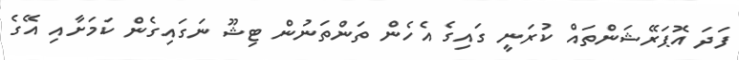
ފަދަ އޮޕަރޭޝަންތައް ކުރަނީ ގައިގެ އެހެން ތަންތަނުން ޓިޝޫ ނަގައިގެން ކަަމަށާއި އޭގެ